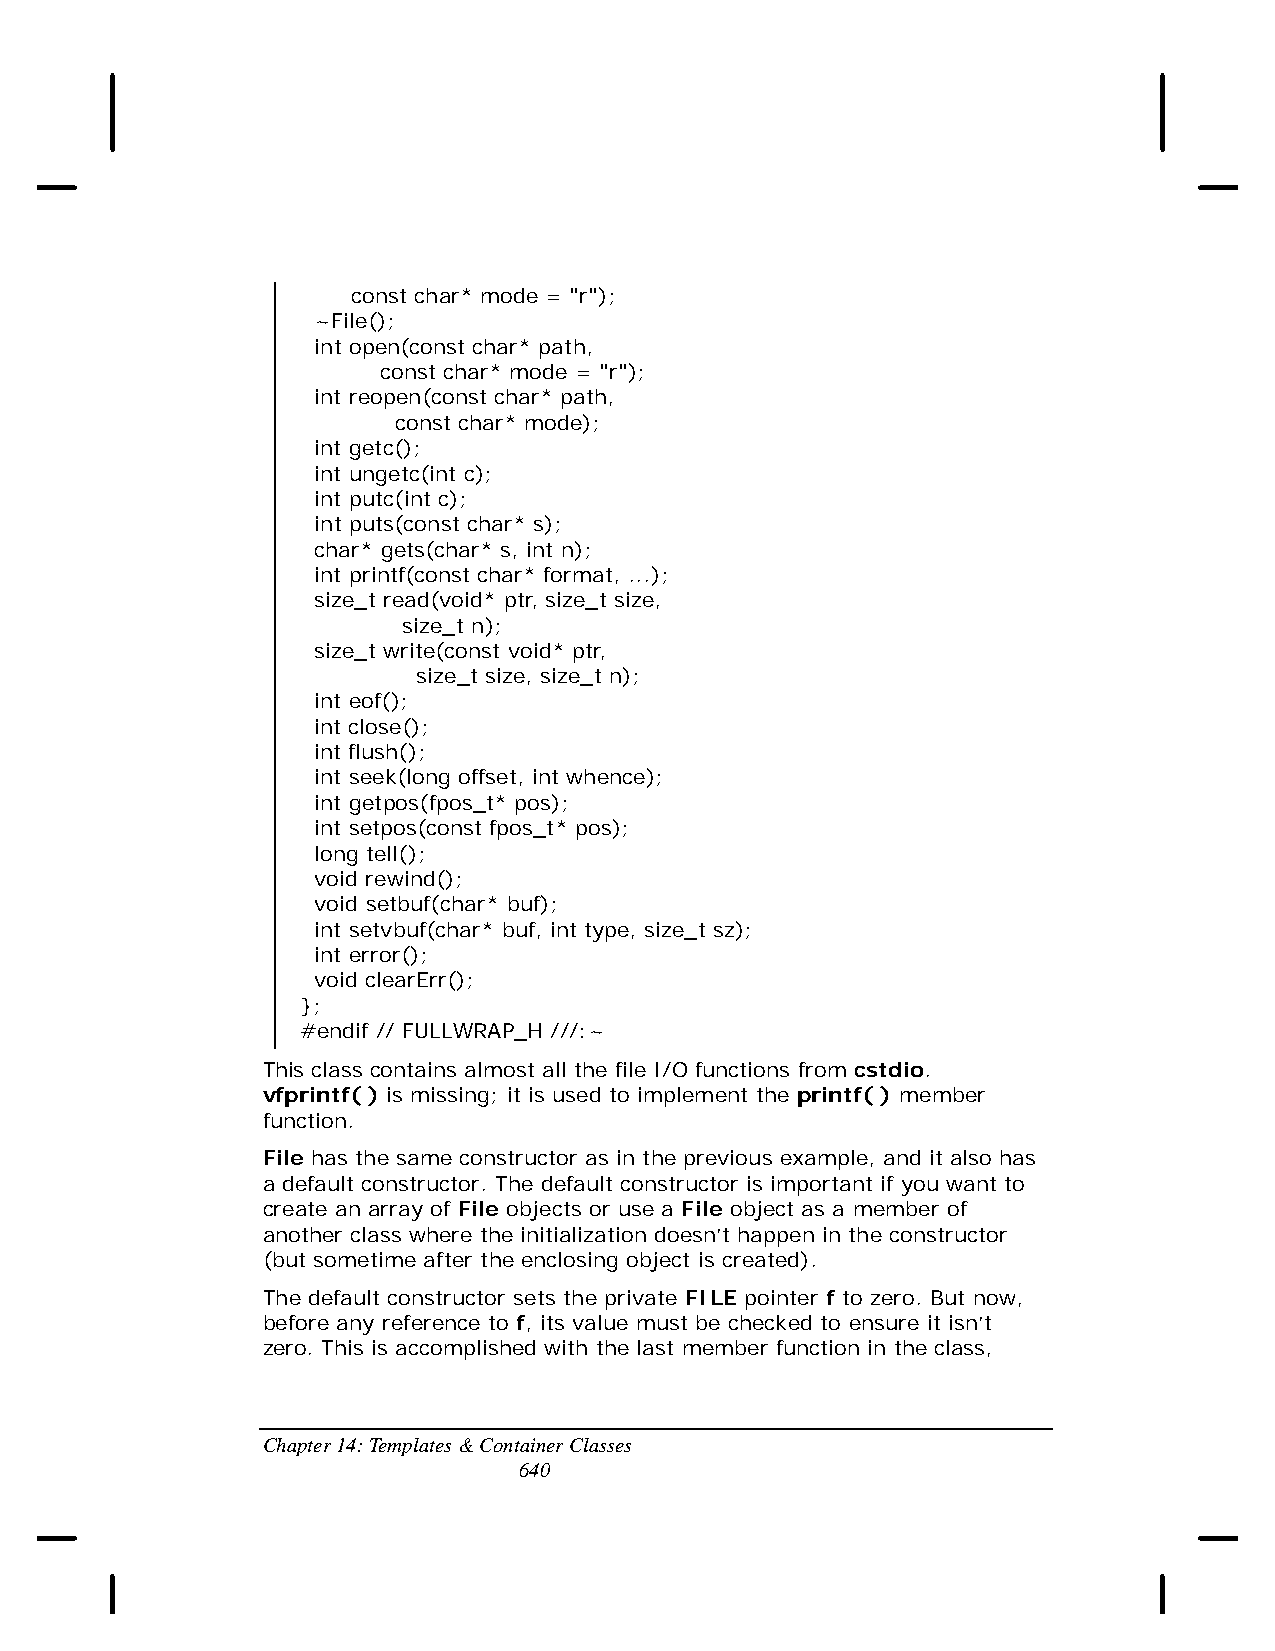
const char* mode = "r");
 ~File();
 int open(const char* path,
 const char* mode = "r");
 int reopen(const char* path,
 const char* mode);
 int getc();
 int ungetc(int c);
 int putc(int c);
 int puts(const char* s);
 char* gets(char* s, int n);
 int printf(const char* format, ...);
 size_t read(void* ptr, size_t size,
 size_t n);
 size_t write(const void* ptr,
 size_t size, size_t n);
 int eof();
 int close();
 int flush();
 int seek(long offset, int whence);
 int getpos(fpos_t* pos);
 int setpos(const fpos_t* pos);
 long tell();
 void rewind();
 void setbuf(char* buf);
 int setvbuf(char* buf, int type, size_t sz);
 int error();
 void clearErr();
 };
 #endif // FULLWRAP_H ///:~
 This class contains almost all the file I/O functions from cstdio.
 vfprintf( ) is missing; it is used to implement the printf( ) member
 function.
 File has the same constructor as in the previous example, and it also has
 a default constructor. The default constructor is important if you want to
 create an array of File objects or use a File object as a member of
 another class where the initialization doesn’t happen in the constructor
 (but sometime after the enclosing object is created).
 The default constructor sets the private FILE pointer f to zero. But now,
 before any reference to f, its value must be checked to ensure it isn’t
 zero. This is accomplished with the last member function in the class,
 Chapter 14: Templates & Container Classes
 640